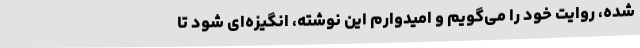
شده، روایت خود را می‌گویم و امیدوارم این نوشته، انگیزه‌ای شود تا